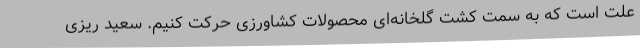
علت است که به سمت کشت گلخانه‌ای محصولات کشاورزی حرکت کنیم. سعید ریزی